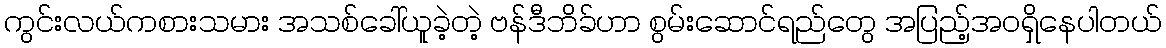
ကွင်းလယ်ကစားသမား အသစ်ခေါ်ယူခဲ့တဲ့ ဗန်ဒီဘိခ်ဟာ စွမ်းဆောင်ရည်တွေ အပြည့်အဝရှိနေပါတယ်